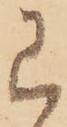
已